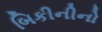
બિકીનીનો